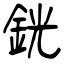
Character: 銧